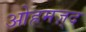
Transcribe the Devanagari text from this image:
ओह्रमज़्द